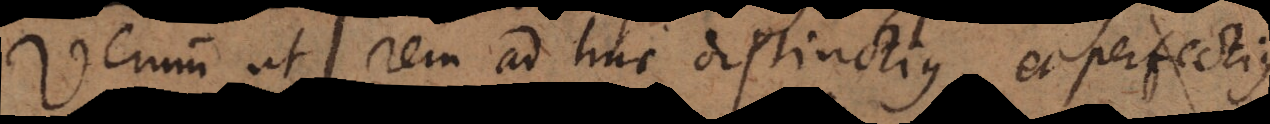
Verum ut rem adhuc distinctius exprimamus,